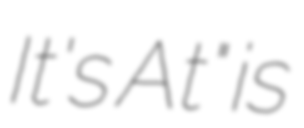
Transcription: It's At" is